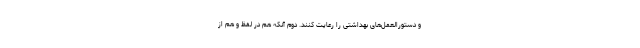
و دستورالعمل‌های بهداشتی را رعایت کنند. دوم آنکه هم در لفظ و هم از